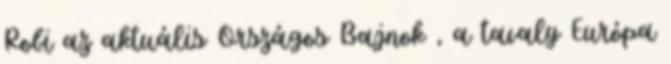
Robi az aktuális Országos Bajnok , a tavaly Európa